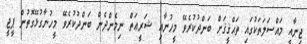
ޖިނާއީ މައްސަލަތަކުގައި ތަޙްޤީޤަށް ބަންދުކުރެވޭ މީހުނާއި ޝަރީޢަތް ނިމެންދެން ބަންދުކުރެވޭ މީހުނާގުޅޭގޮތުން ޕީޖީ